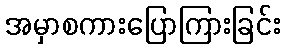
အမှာစကားပြောကြားခြင်း